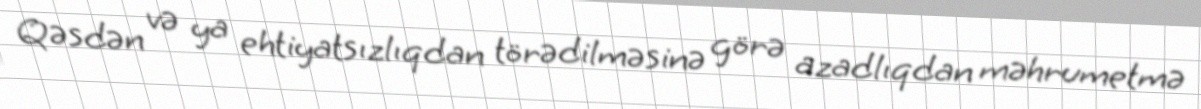
Qəsdən və ya ehtiyatsızlıqdan törədilməsinə görə azadlıqdan məhrumetmə